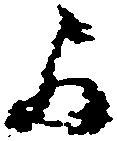
間